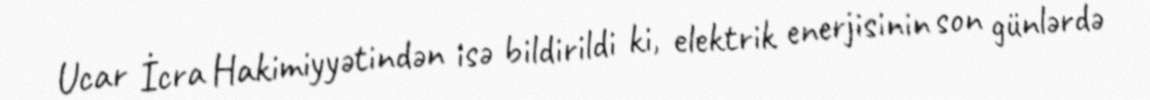
Ucar İcra Hakimiyyətindən isə bildirildi ki, elektrik enerjisinin son günlərdə